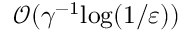
{ \mathcal { O } } ( { \gamma } ^ { - 1 } \mathrm { l o g } ( 1 / \varepsilon ) )